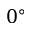
0 ^ { \circ }